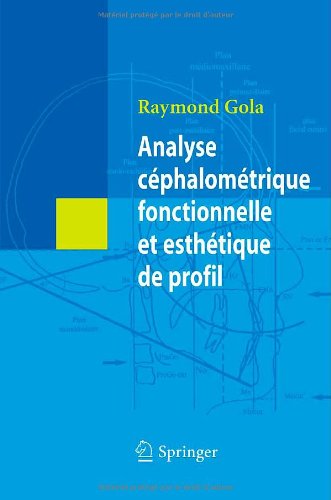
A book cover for Analyse cÃ©phalomÃ©trique fonctionnelle et esthÃ©tique de profil (French Edition); Raymond Gola; Medical Books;